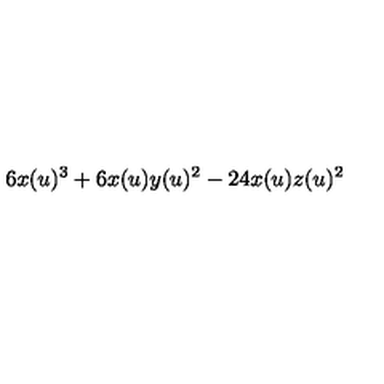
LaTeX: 6 x ( u ) ^ { 3 } + 6 x ( u ) y ( u ) ^ { 2 } - 2 4 x ( u ) z ( u ) ^ { 2 }